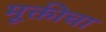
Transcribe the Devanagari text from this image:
मूक्तीचा